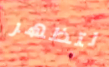
لتظهر